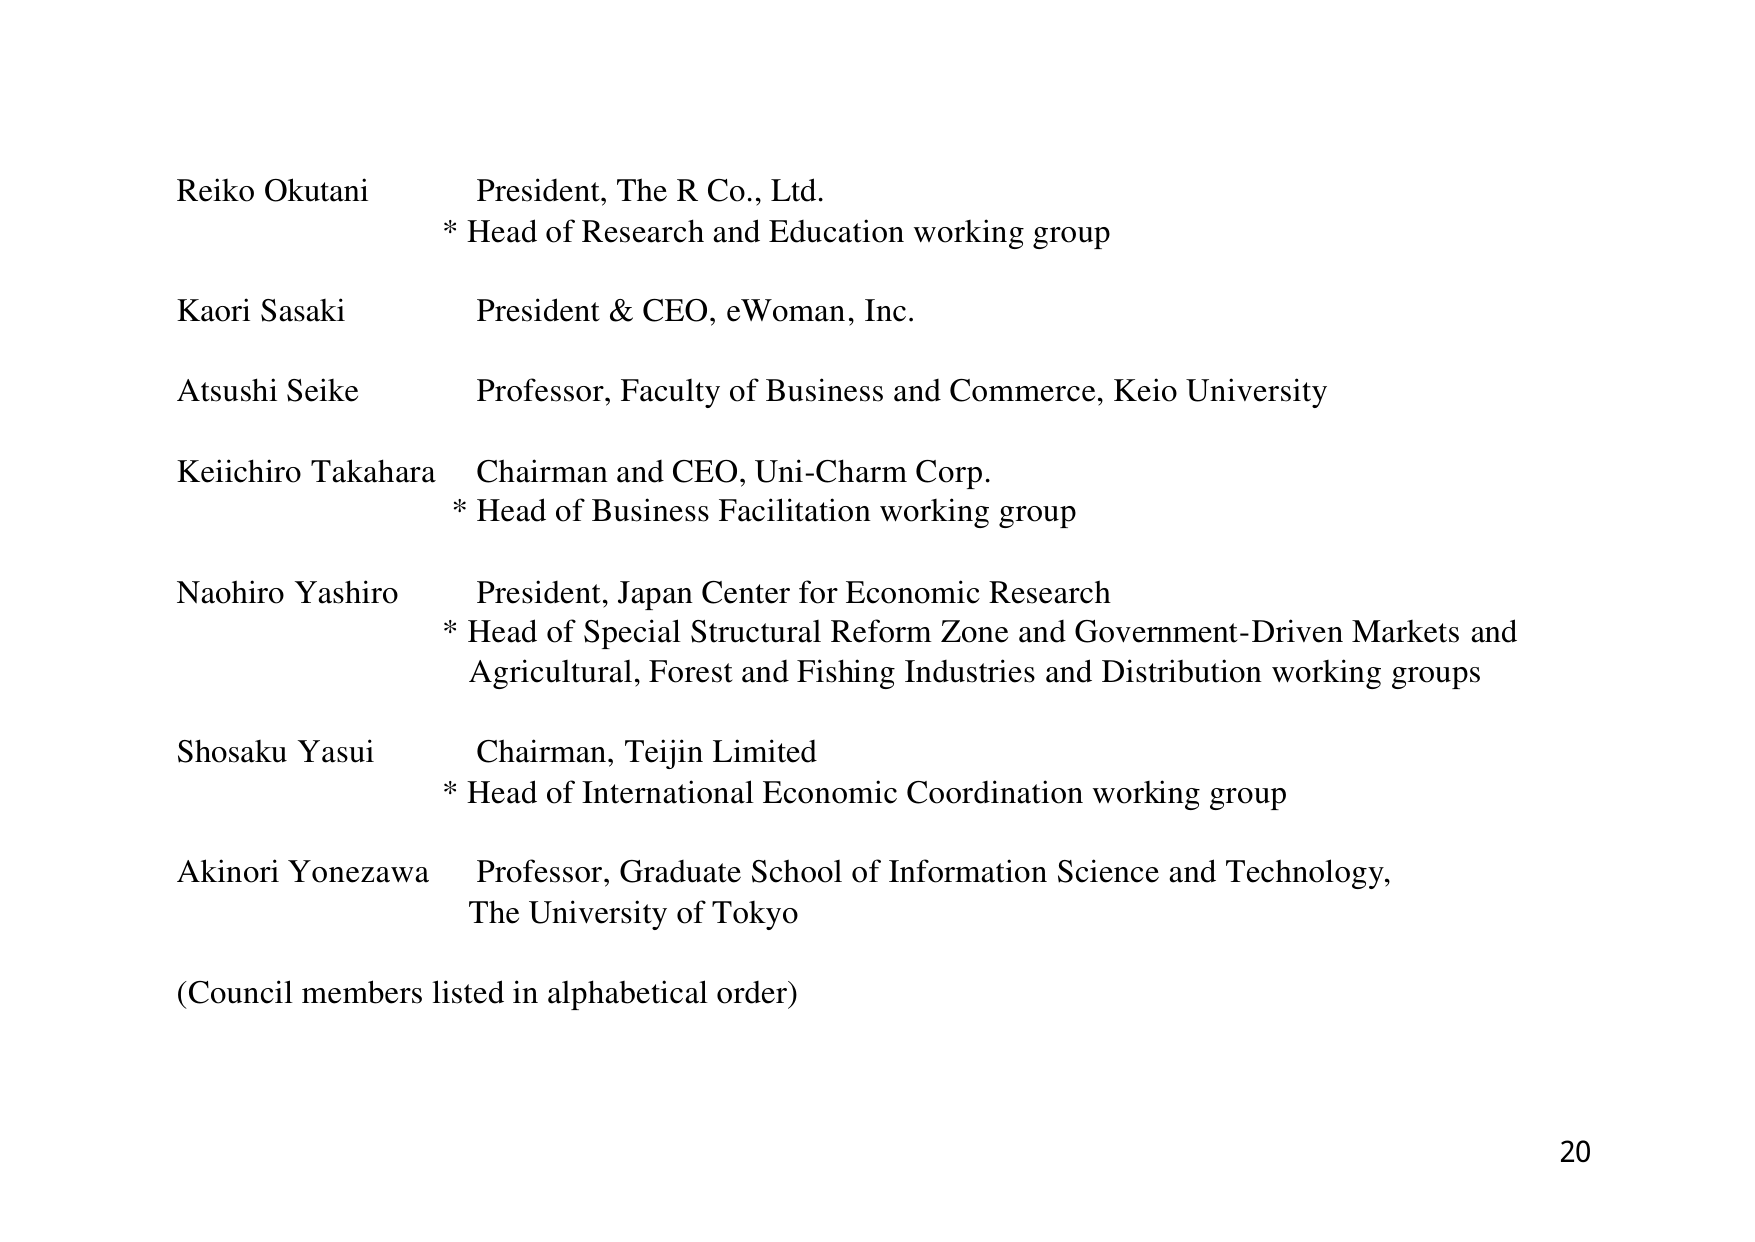
Reiko Okutani        President, The R Co., Ltd.
* Head of Research and Education working group

Kaori Sasaki         President & CEO, eWoman, Inc.

Atsushi Seike       Professor, Faculty of Business and Commerce, Keio University

Keiichiro Takahara  Chairman and CEO, Uni-Charm Corp.
* Head of Business Facilitation working group

Naohiro Yashiro     President, Japan Center for Economic Research
* Head of Special Structural Reform Zone and Government-Driven Markets and
Agricultural, Forest and Fishing Industries and Distribution working groups

Shosaku Yasui       Chairman, Teijin Limited
* Head of International Economic Coordination working group

Akinori Yonezawa    Professor, Graduate School of Information Science and Technology,
The University of Tokyo

(Council members listed in alphabetical order)

20